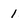
Character: 1